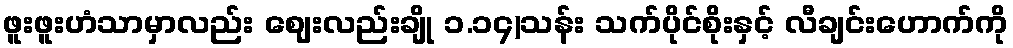
ဖူးဖူးဟံသာမှာလည်း ဈေးလည်းချို ၁.၁၄)သန်း သက်ပိုင်စိုးနှင့် လီချင်းဟောက်ကို